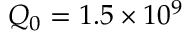
Q _ { 0 } = 1 . 5 \times 1 0 ^ { 9 }